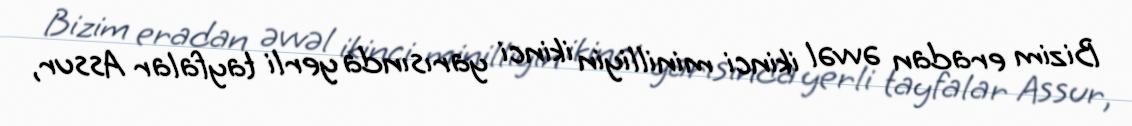
Bizim eradan əvvəl ikinci minilliyin ikinci yarısında yerli tayfalar Assur,